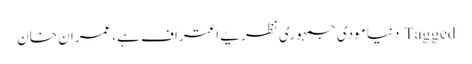
Tagged دنیا مودی جمہوری نظریے اعتراف ہے،عمران خان